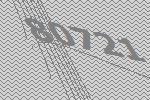
80721